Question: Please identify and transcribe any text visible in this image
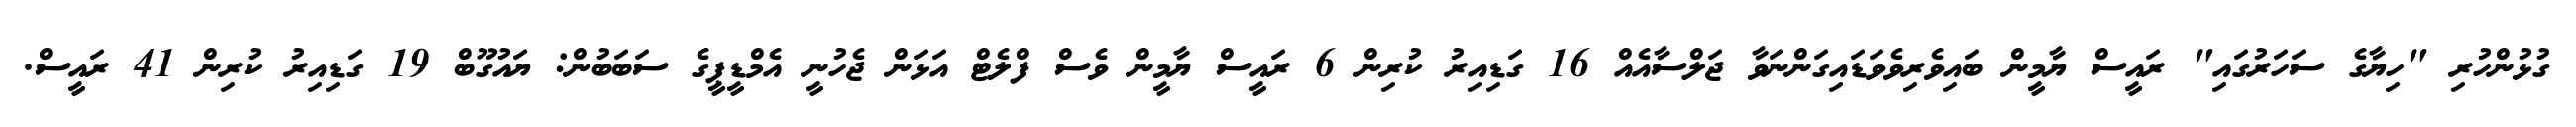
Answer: ގުޅުންހުރި "ހިޔާގެ ސަހަރުގައި" ރައީސް ޔާމީން ބައިވެރިވެވަޑައިގަންނަވާ ޖަލްސާއެއް 16 ގަޑިއިރު ކުރިން 6 ރައީސް ޔާމީން ވެސް ފްލެޓް އަޅަން ޖެހުނީ އެމްޑީޕީގެ ސަބަބުން: ޔައުގޫބް 19 ގަޑިއިރު ކުރިން 41 ރައީސް.